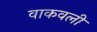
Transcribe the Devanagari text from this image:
वाकवली